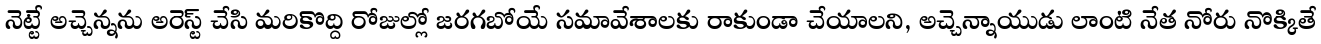
నెట్టే అచ్చెన్నను అరెస్ట్ చేసి మరికొద్ది రోజుల్లో జరగబోయే సమావేశాలకు రాకుండా చేయాలని, అచ్చెన్నాయుడు లాంటి నేత నోరు నొక్కితే